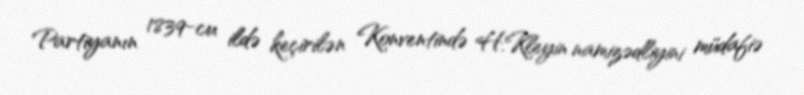
Partiyanın 1839-cu ildə keçirilən Konventində H.Kleyin namizədliyini müdafiə